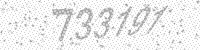
Solution: 733191